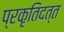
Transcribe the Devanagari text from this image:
प्रकृतिदत्त